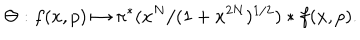
\Theta : f ( x , p ) \mapsto \pi ^ { * } ( x ^ { N } / ( 1 + x ^ { 2 N } ) ^ { { 1 / 2 } } ) * f ( x , p ) .